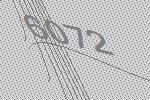
6072